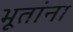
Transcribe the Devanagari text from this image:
भूतांना